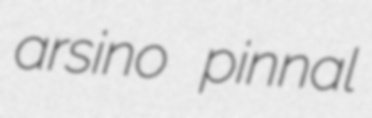
arsino pinnal